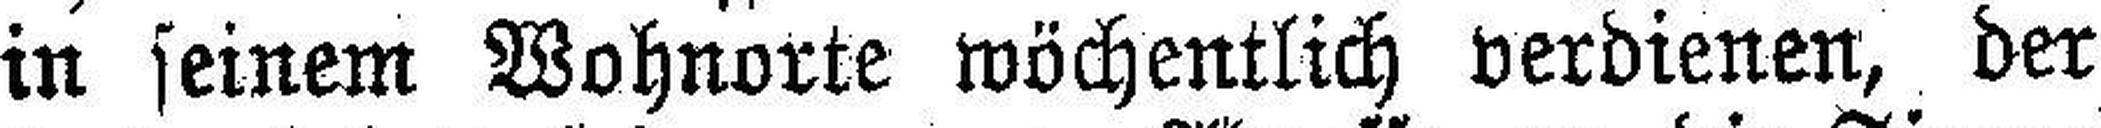
in seinem Wohnorte wöchentlich verdienen, der